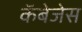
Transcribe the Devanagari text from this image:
कॅबेजेस